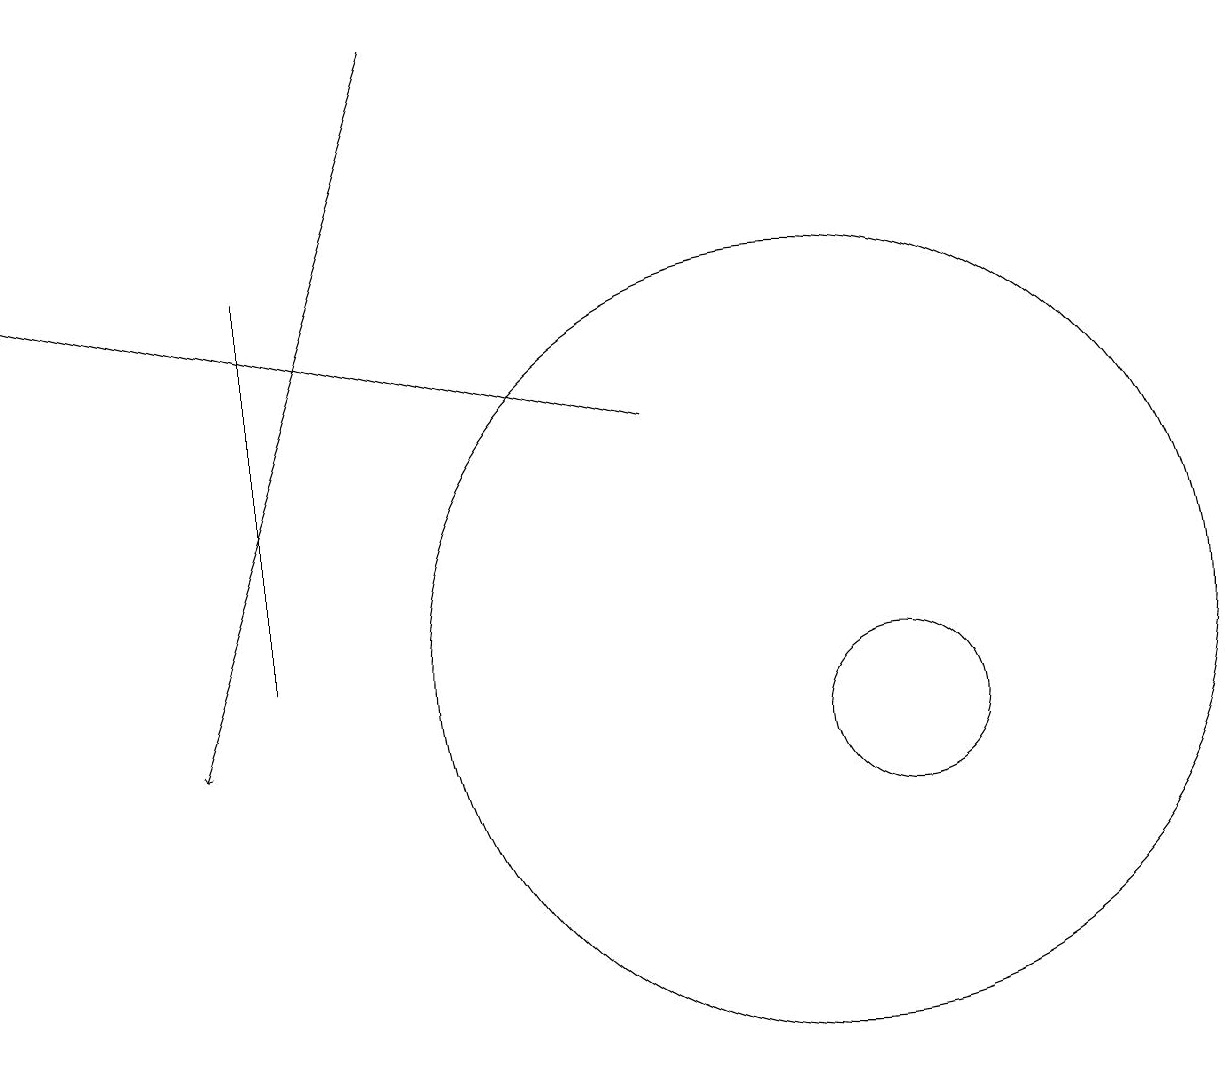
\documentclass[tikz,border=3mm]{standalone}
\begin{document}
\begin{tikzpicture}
\draw (11,10) circle (1);
\draw (10,11) circle (5);
\draw[->] (8,14) -- (0,16);
\draw (3,16) rectangle (3,11);
\draw (11,11) circle (0);
\draw[->] (5,19) -- (2,10);
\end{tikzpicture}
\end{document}